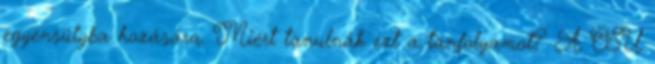
egyensúlyba hozására. Miért tanulnák ezt a tanfolyamot? A CSU